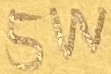
Text: 5W